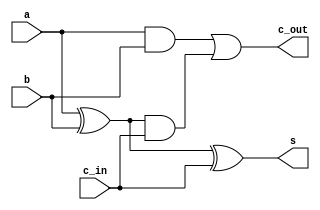
`timescale 1ns / 1ps
//////////////////////////////////////////////////////////////////////////////////
// Company: 
// Engineer: 
// 
// Design Name: 
// Module Name:    fulladd 
// Project Name: 
// Target Devices: 
// Tool versions: 
// Description: 
//
// Dependencies: 
//
// Revision: 
// Revision 0.01 - File Created
// Additional Comments: 
//
//////////////////////////////////////////////////////////////////////////////////
module fulladd(
    input a,
    input b,
    input c_in,
    output s,
    output c_out
    );

    xor x1(w1,a,b);
	 xor x2(s,w1,c_in);
	 and an1(w2,a,b);
	 and an2(w3,w1,c_in);
	 or o1(c_out,w2,w3);
endmodule